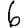
Digit: 6